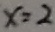
x = 2